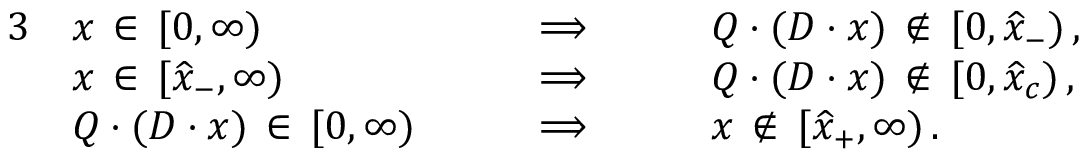
\begin{array} { r l r l } { { 3 } } & { x \, \in \, [ 0 , \infty ) } & { \qquad \Longrightarrow \qquad } & { Q \cdot ( D \cdot x ) \, \notin \, [ 0 , \widehat { x } _ { - } ) \, , } \\ & { x \, \in \, [ \widehat { x } _ { - } , \infty ) } & { \qquad \Longrightarrow \qquad } & { Q \cdot ( D \cdot x ) \, \notin \, [ 0 , \widehat { x } _ { c } ) \, , } \\ & { Q \cdot ( D \cdot x ) \, \in \, [ 0 , \infty ) } & { \qquad \Longrightarrow \qquad } & { x \, \notin \, [ \widehat { x } _ { + } , \infty ) \, . } \end{array}